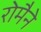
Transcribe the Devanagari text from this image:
रोमैने